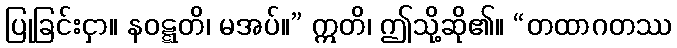
ပြုခြင်းငှာ။ နဝဋ္ဋတိ၊ မအပ်။” ဣတိ၊ ဤသို့ဆို၏။ “တထာဂတဿ